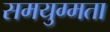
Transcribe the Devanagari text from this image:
समयुग्मता